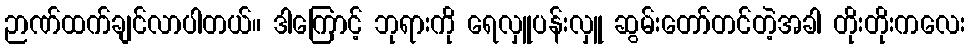
ဉာဏ်ထက်ချင်လာပါတယ်။ ဒါကြောင့် ဘုရားကို ရေလှူပန်းလှူ ဆွမ်းတော်တင်တဲ့အခါ တိုးတိုးကလေး